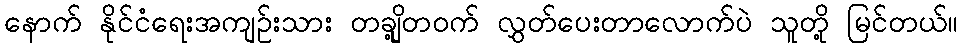
နောက် နိုင်ငံရေးအကျဉ်းသား တချို့တဝက် လွှတ်ပေးတာလောက်ပဲ သူတို့ မြင်တယ်။